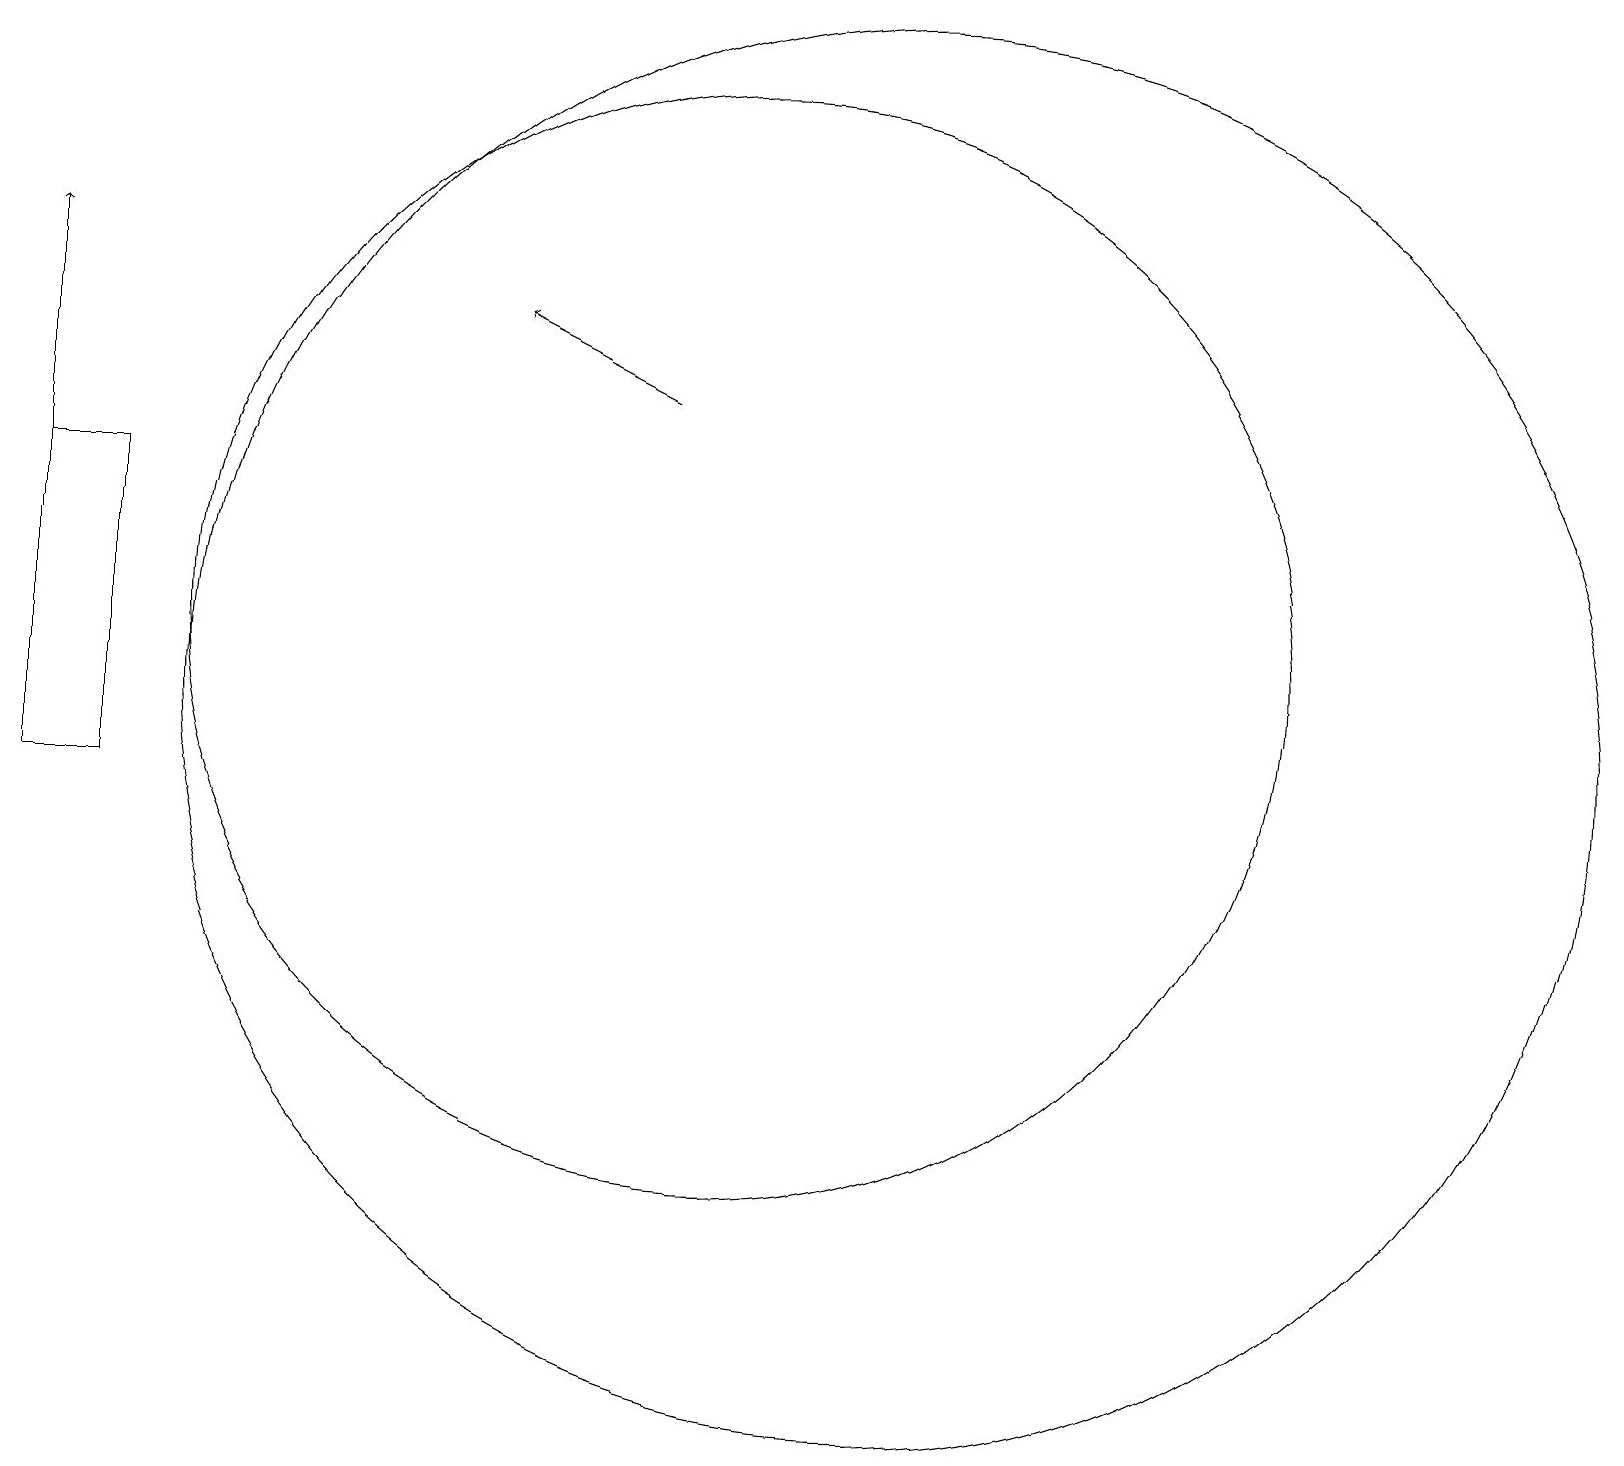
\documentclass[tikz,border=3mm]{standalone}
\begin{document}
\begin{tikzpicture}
\draw (11,10) circle (0);
\draw[->] (9,15) -- (7,16);
\draw (10,12) circle (0);
\draw (10,12) circle (7);
\draw (12,11) circle (9);
\draw (1,10) rectangle (2,14);
\draw (12,12) circle (0);
\draw[->] (1,14) -- (1,17);
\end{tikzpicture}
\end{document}